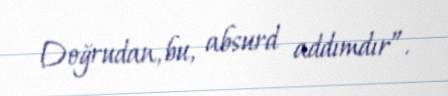
Doğrudan, bu, absurd addımdır”.